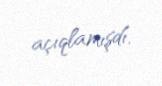
açıqlamışdı.